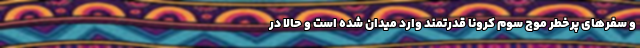
و سفرهای پرخطر موج سوم کرونا قدرتمند وارد میدان شده است و حالا در